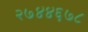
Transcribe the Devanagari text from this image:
२७४४६७८